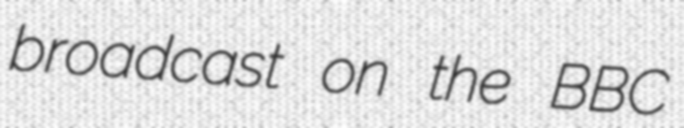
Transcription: broadcast on the BBC